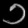
Digit: ၁